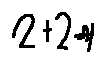
2 + 2 = 4